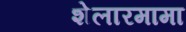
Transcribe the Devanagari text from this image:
शेलारमामा